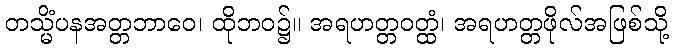
တသ္မိံပနအတ္တဘာဝေ၊ ထိုဘဝ၌။ အရဟတ္တဝတ္ထံ၊ အရဟတ္တဖိုလ်အဖြစ်သို့